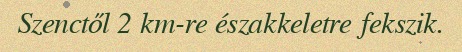
Szenctől 2 km-re északkeletre fekszik.